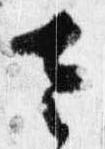
左